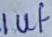
Text: 1uf